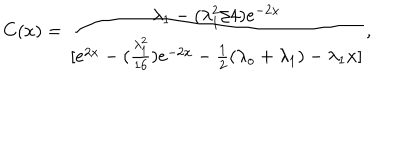
C ( x ) = \frac { \lambda _ { 1 } - ( \lambda _ { 1 } ^ { 2 } / 4 ) e ^ { - 2 x } } { [ e ^ { 2 x } - ( \frac { \lambda _ { 1 } ^ { 2 } } { 1 6 } ) e ^ { - 2 x } - \frac { 1 } { 2 } ( \lambda _ { o } + \lambda _ { 1 } ) - \lambda _ { 1 } x ] } ,